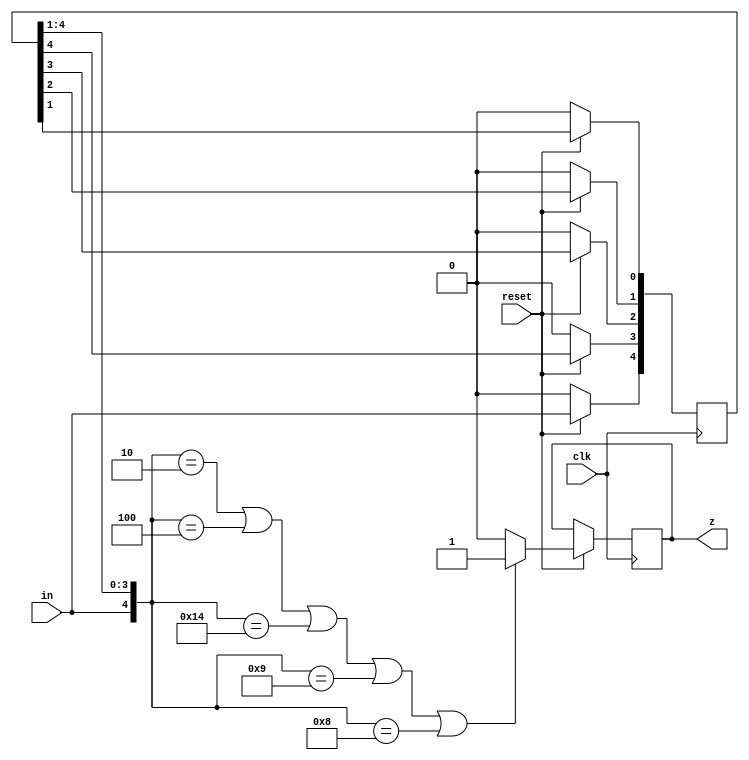
/*
*  Pattern Detecting Machine - Shift Register
*  Checks for the patterns 0100 or 00010
*  Rightmost bit arrives first
*  Shifts to the right (not the left)
*/



module machine_b(z, clk, in, reset);
	input clk, in, reset;
	output z;

	reg [4:0] shift_reg;
	reg z;

	always @ (negedge clk)
		if (!reset) begin
			shift_reg[4:0] = 5'b00000;
		end
		else begin
			shift_reg[0] = shift_reg[1];
			shift_reg[1] = shift_reg[2];
			shift_reg[2] = shift_reg[3];
			shift_reg[3] = shift_reg[4];
			shift_reg[4] = in;

			if ((shift_reg[4:0] == 5'b00010) || 
			   (shift_reg[4:0] == 5'b00100) ||
			   (shift_reg[4:0] == 5'b10100) ||
			   (shift_reg[4:0] == 5'b01001) ||
			   (shift_reg[4:0] == 5'b01000))
				z = 1;
			else
				z = 0;
		end
endmodule